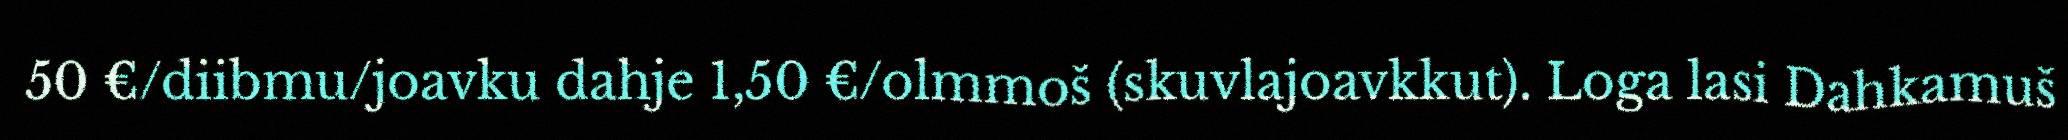
50 €/diibmu/joavku dahje 1,50 €/olmmoš (skuvlajoavkkut). Loga lasi Dahkamuš